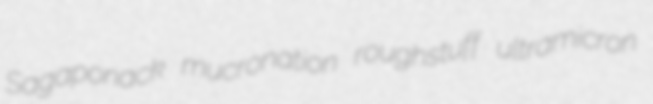
Sagaponack mucronation roughstuff ultramicron